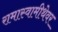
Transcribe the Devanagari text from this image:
रामास्वामीथेवर